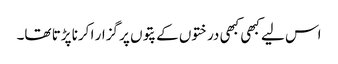
اس لیے کبھی کبھی درختوں کے پتوں پر گزار ا کرنا پڑتا تھا۔